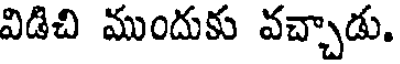
విడిచి ముందుకు వచ్చాడు.